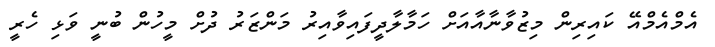
އެމްއެމްއޭ ކައިރިން މިޒުވާނާއާއަށް ހަމާލާދީފައިވާއިރު މަންޒަރު ދުށް މީހުން ބުނީ ވަޅި ހެރީ